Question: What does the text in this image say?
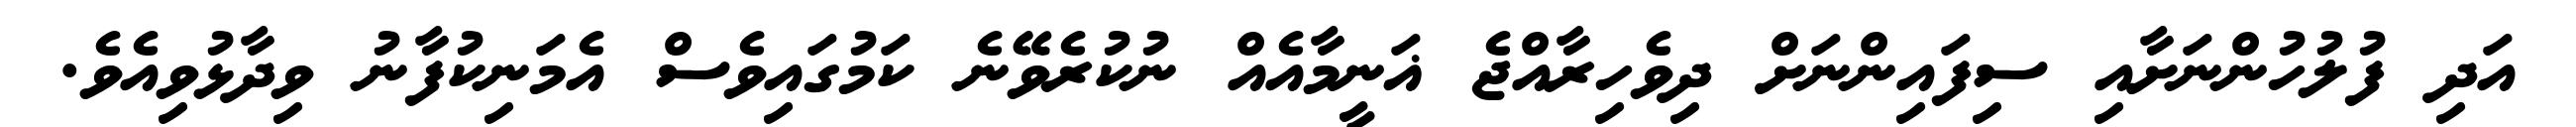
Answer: އަދި ފުލުހުންނަށާއި ސިފައިންނަށް ދިވެހިރާއްޖެ ޣަނީމާއެއް ނުކުރެވޭނެ ކަމުގައިވެސް އެމަނިކުފާނު ވިދާޅުވިއެވެ.